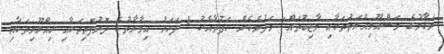
މަޤާމުގެ މަސްއޫލިއްޔަތުތަކާއި ވާޖިބުތައް: މަދުވެގެން ހަފުތާއެކު 1 ފަހަރު އިމާރާތުގެ ދޮރުފޮތިތަކާއި ބިއްލޫރިތަކާއި